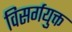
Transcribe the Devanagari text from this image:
विसर्गयुक्त